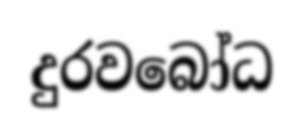
දුරවබෝධ